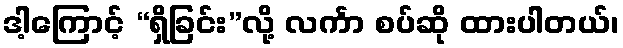
ဒါ့ကြောင့် “ရှိခြင်း”လို့ လင်္ကာ စပ်ဆို ထားပါတယ်၊